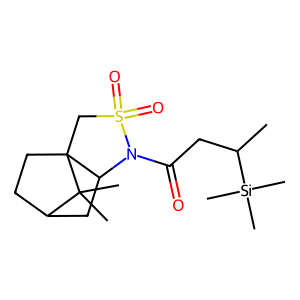
SMILES: CC(CC(=O)N1C2CC3CCC2(CS1(=O)=O)C3(C)C)[Si](C)(C)C
Inhibits HIV replication: No